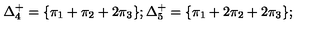
\Delta _ { 4 } ^ { + } = \{ \pi _ { 1 } + \pi _ { 2 } + 2 \pi _ { 3 } \} ; \Delta _ { 5 } ^ { + } = \{ \pi _ { 1 } + 2 \pi _ { 2 } + 2 \pi _ { 3 } \} ;